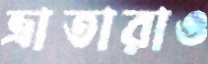
ভ্রাতারাও